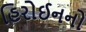
હિરોઈનનો